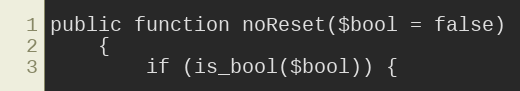
Language: PHP
public function noReset($bool = false)
	{
		if (is_bool($bool)) {